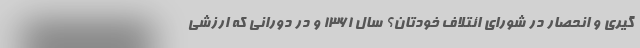
گیری و انحصار در شورای ائتلاف خودتان؟ سال 1361 و در دورانی که ارزشی